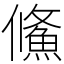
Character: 鯈